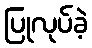
ပြုလုပ်ခဲ့